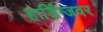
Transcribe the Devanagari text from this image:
हार्डिंग्जवर